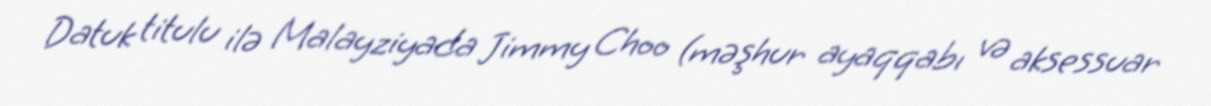
Datuk titulu ilə Malayziyada Jimmy Choo (məşhur ayaqqabı və aksessuar